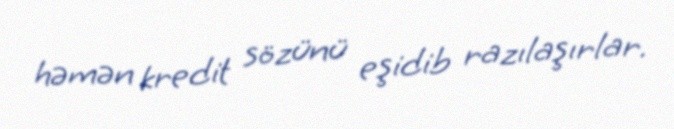
həmən kredit sözünü eşidib razılaşırlar.